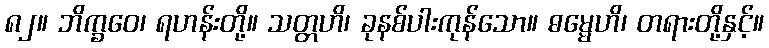
၈၂။ ဘိက္ခဝေ၊ ရဟန်းတို့။ သတ္တဟိ၊ ခုနစ်ပါးကုန်သော။ ဓမ္မေဟိ၊ တရားတို့နှင့်။